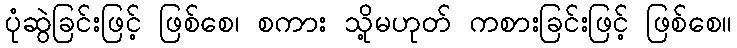
ပုံဆွဲခြင်းဖြင့် ဖြစ်စေ၊ စကား သို့မဟုတ် ကစားခြင်းဖြင့် ဖြစ်စေ။